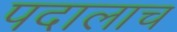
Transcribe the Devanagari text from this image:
पदालाच